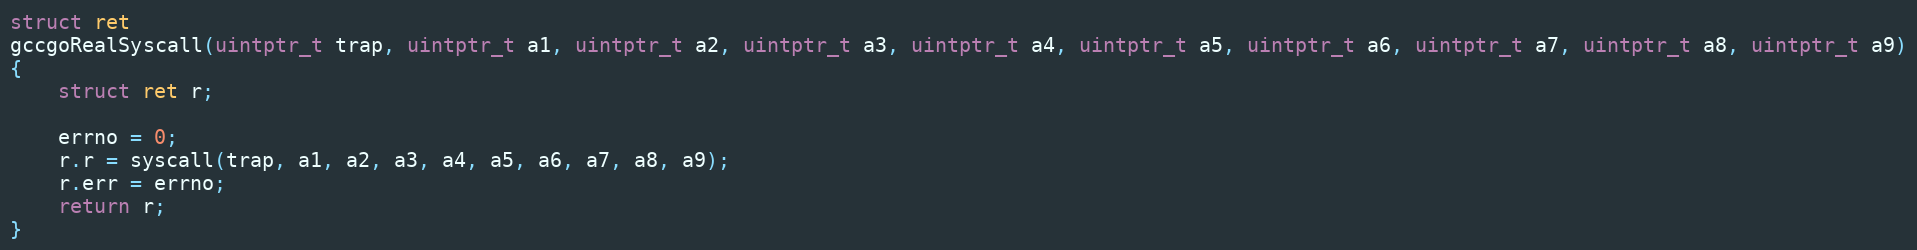
Language: C
struct ret
gccgoRealSyscall(uintptr_t trap, uintptr_t a1, uintptr_t a2, uintptr_t a3, uintptr_t a4, uintptr_t a5, uintptr_t a6, uintptr_t a7, uintptr_t a8, uintptr_t a9)
{
	struct ret r;

	errno = 0;
	r.r = syscall(trap, a1, a2, a3, a4, a5, a6, a7, a8, a9);
	r.err = errno;
	return r;
}